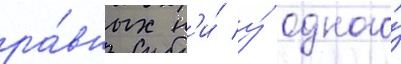
ра́вных н'и́ у́ одного́